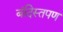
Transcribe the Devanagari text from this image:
बंदिस्तपण